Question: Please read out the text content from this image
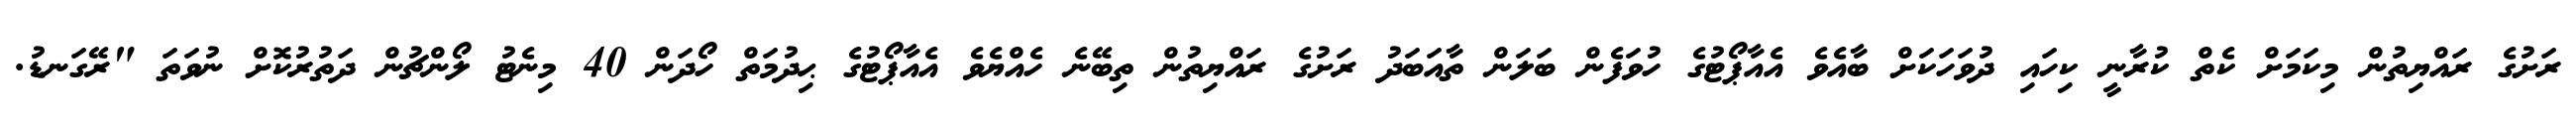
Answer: ރަށުގެ ރައްޔިތުން މިކަމަށް ކެތް ކުރާނީ ކިހައި ދުވަހަކަށް ބާއެވެ އެއާޕޯޓުގެ ހުވަފެން ބަލަން ތާއަބަދު ރަށުގެ ރައްޔިތުން ތިބޭނެ ހެއްޔެވެ އެއާޕޯޓުގެ ޙިދުމަތް ހޯދަން 40 މިނެޓު ލޯންޗުން ދަތުރުކޮށް ނުވަތަ "ރޭގަނޑު.